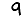
Digit: 9